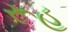
રૂહ